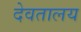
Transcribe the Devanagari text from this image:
देवतालय